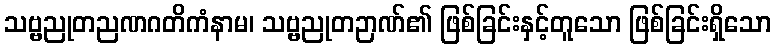
သဗ္ဗညုတညဏဂတိကံနာမ၊ သဗ္ဗညုတဉာဏ်၏ ဖြစ်ခြင်းနှင့်တူသော ဖြစ်ခြင်းရှိသော